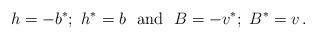
LaTeX: \begin{align*}h=-b^*;\ h^*=b\ \mbox{ and }\ B=-v^*;\ B^*=v\,.\end{align*}